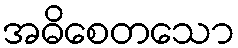
အဓိစေတသော